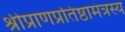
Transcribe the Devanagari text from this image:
श्रीप्राणप्रतिष्ठामंत्रस्य